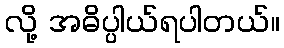
လို့ အဓိပ္ပါယ်ရပါတယ်။